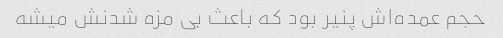
حجم عمده‌اش پنیر بود که باعث بی مزه شدنش میشه